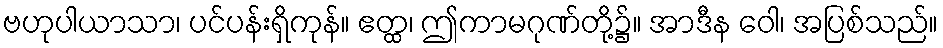
ဗဟုပါယာသာ၊ ပင်ပန်းရှိကုန်။ ဧတ္ထ၊ ဤကာမဂုဏ်တို့၌။ အာဒီန ဝေါ၊ အပြစ်သည်။